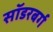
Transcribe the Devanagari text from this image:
सॉडरबर्ग